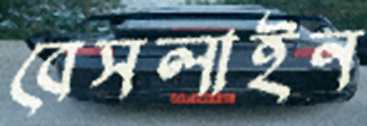
বেসলাইন